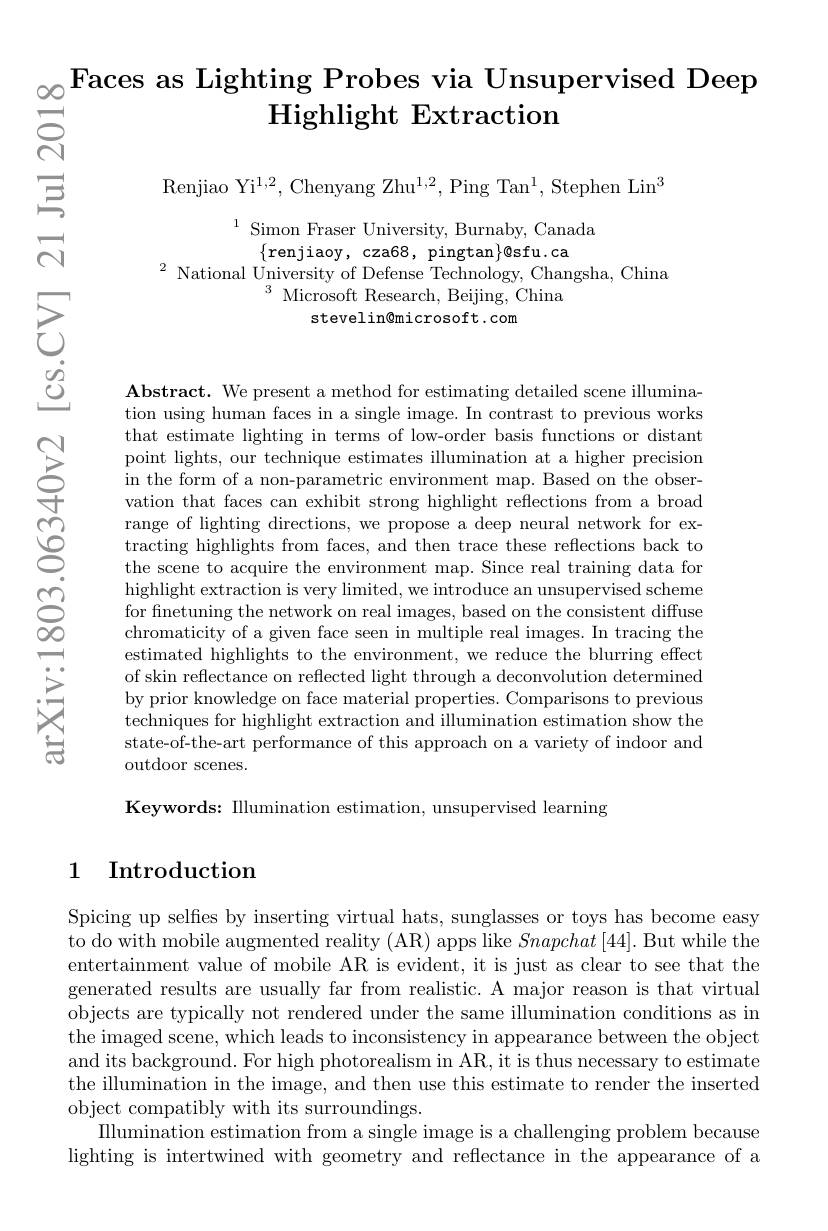
$_{\infty}$Faces as Lighting Probes via Unsupervised Deep
Highlight Extraction
# $ਨੁੱ$

Renjiao Yi$^1,2$,Chenyang Zhu$^1,2$,Ping Tan$^1$,Stephen Lin$^3$

三

$ਨ$

$^{1}$ Simon Fraser University, Burnaby, Canada
$\{$renjiaoy, cza68, pingtan$\}\emptyset$sfu.ca
$^{2}$National University of Defense Technology, Changsha, China
$^{3}{\mathrm{~Microsoft~Research,~Beijing,~China}}$
stevelin@microsoft.com

$已$

$పై$

$ଛୁ$

$\textbf{Abstract. We present a method for estimating detailed scene illumina- }$ tion using human faces in a single image. In contrast to previous works that estimate lighting in terms of low-order basis functions or distant point lights, our technique estimates illumination at a higher precision in the form of a non-parametric environment map. Based on the observation that faces can exhibit strong highlight reflections from a broad range of lighting directions, we propose a deep neural network for extracting highlights from faces, and then trace these reflections back to the scene to acquire the environment map. Since real training data for highlight extraction is very limited, we introduce an unsupervised scheme for finetuning the network on real images, based on the consistent diffuse chromaticity of a given face seen in multiple real images. In tracing the estimated highlights to the environment, we reduce the blurring effect of skin reflectance on reflected light through a deconvolution determined by prior knowledge on face material properties. Comparisons to previous techniques for highlight extraction and illumination estimation show the state-of-the-art performance of this approach on a variety of indoor and outdoor scenes.

$ଛୁ$

一

家

Keywords: Illumination estimation, unsupervised learning

## 1 Introduction

Spicing up selfies by inserting virtual hats, sunglasses or toys has become easy to do with mobile augmented reality (AR) apps like $Snapchat\left[44\right].$ But while the entertainment value of mobile AR is evident, it is just as clear to see that the generated results are usually far from realistic. A major reason is that virtual objects are typically not rendered under the same illumination conditions as in the imaged scene, which leads to inconsistency in appearance between the object and its background. For high photorealism in AR, it is thus necessary to estimate the illumination in the image, and then use this estimate to render the inserted object compatibly with its surroundings.
Illumination estimation from a single image is a challenging problem because lighting is intertwined with geometry and reflectance in the appearance of a